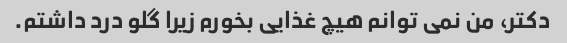
دکتر، من نمی توانم هیچ غذایی بخورم زیرا گلو درد داشتم.